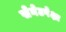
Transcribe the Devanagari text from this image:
सेनेटपेक्षा